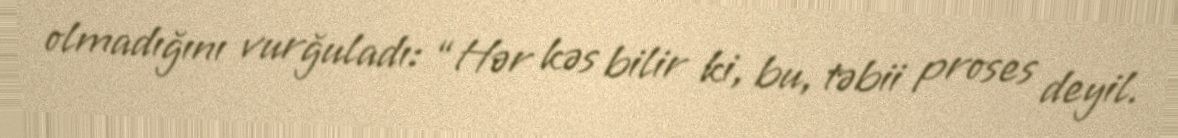
olmadığını vurğuladı: “Hər kəs bilir ki, bu, təbii proses deyil.